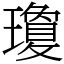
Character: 瓊